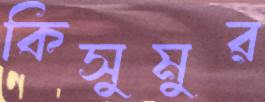
কিসুমুর